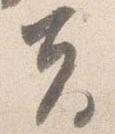
夫